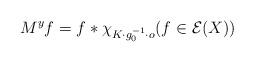
LaTeX: \begin{align*}M^yf=f*\chi_{K\cdot g_0^{-1}\cdot o}(f\in\mathcal E(X))\end{align*}